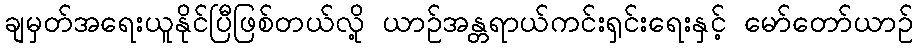
ချမှတ်အရေးယူနိုင်ပြီဖြစ်တယ်လို့ ယာဉ်အန္တရာယ်ကင်းရှင်းရေးနှင့် မော်တော်ယာဉ်